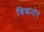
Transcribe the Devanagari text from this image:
बिकनोर